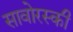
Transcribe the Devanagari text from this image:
सावोरस्की